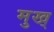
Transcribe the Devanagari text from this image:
मुख्